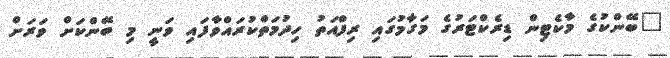
"ބޭންކުގެ މާކެޓިން ޑިރެކްޓަރުގެ މަގާމުގައި ރިފްއަތު ހިދުމަތްކުރައްވާފައި ވަނީ މި ބޭންކަށް ވަރަށް